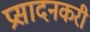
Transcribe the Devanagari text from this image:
प्रसादनकरी